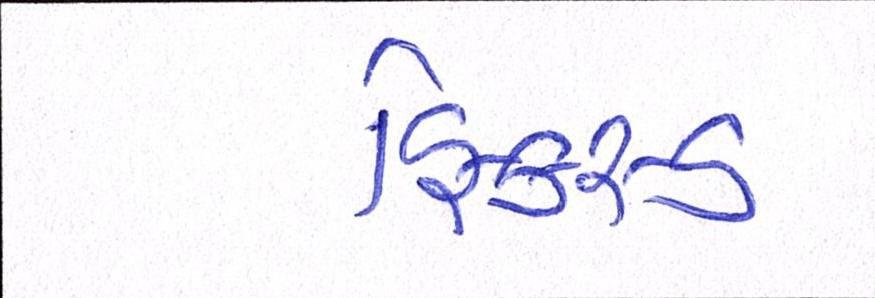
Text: ફિકસ્ડ